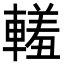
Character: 䡭